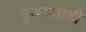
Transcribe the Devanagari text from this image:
बुरुजवाडी